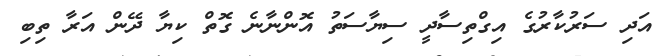
އަދި ސަރުކާރުގެ އިގްތިސާދީ ސިޔާސަތު އޮންނާނެ ގޮތް ކިޔާ ދޭން އަރާ ތިބި